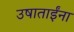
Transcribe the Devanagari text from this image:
उषाताईंना